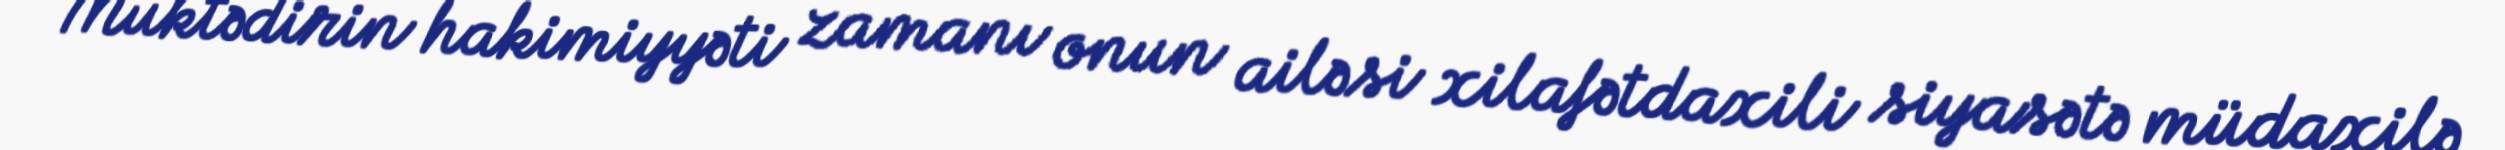
Muktədirin hakimiyyəti zamanı onun ailəsi xilafətdaxili siyasətə müdaxilə